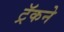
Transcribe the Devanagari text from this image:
ट्रॅकने